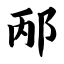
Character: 邴